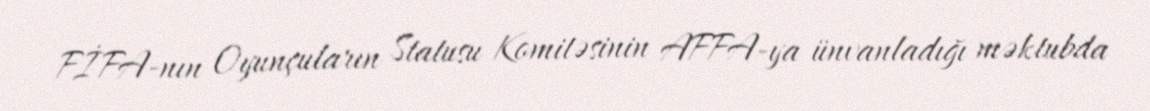
FİFA-nın Oyunçuların Statusu Komitəsinin AFFA-ya ünvanladığı məktubda